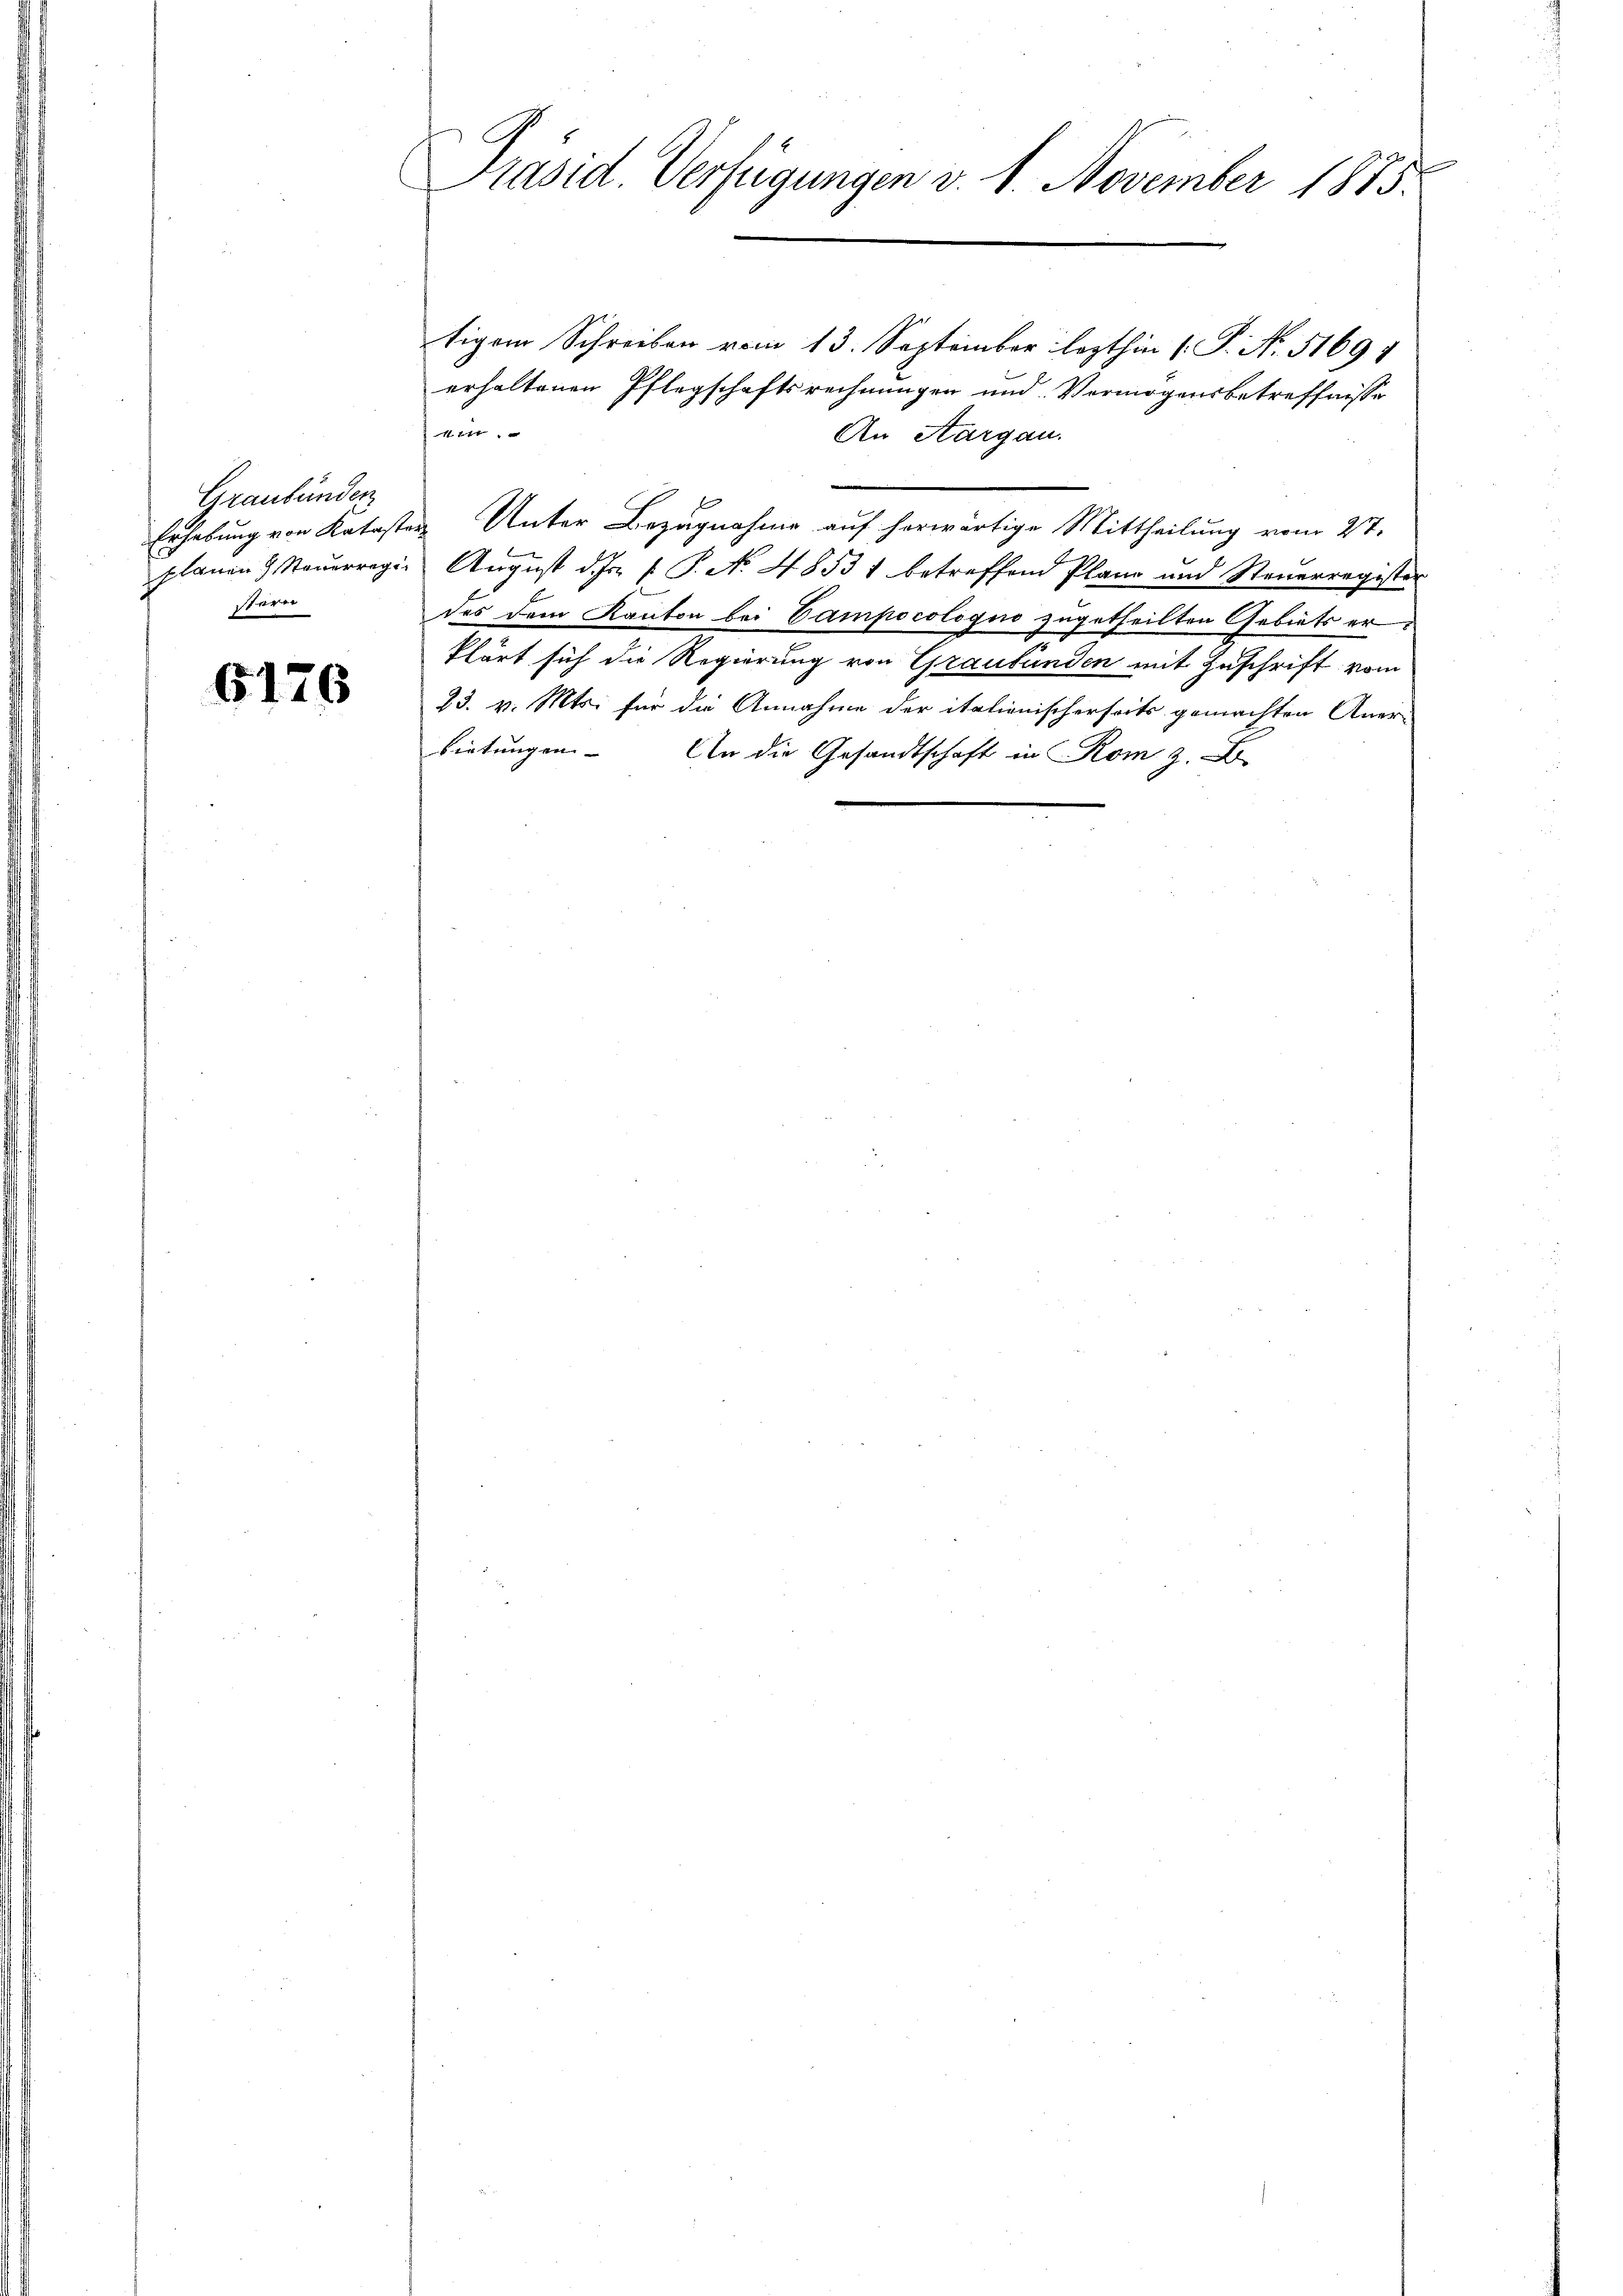
Graubünden
Erhebung von Kataste
planen Steuerregi
stern

6176

Präsid. Verfügungen v. 1. November 1875.

tigem Schreiben vom 13. September lezthin (P. Nr. 51691
erhaltenen Pflegschaftsrechnungen und Vermögensbetreffnisse
1ttt
An Aargau.
 Unter Bezugnahme auf herwärtige Mittheilung vom 27.
August d. Js. f. P. N. 48531 betreffend Planz und Steuerregister
des dem Kanton bei Gampocologno zugetheilten Gebiets er
klärt sich die Regierung von Graubünden mit Zuschrift vom
23. v. Mts. für die Annahme der italionischerseits gemachten Aner-
bietungen. An die Gesandtschaft in Rom z. B.